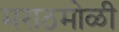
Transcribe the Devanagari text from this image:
मराठमोळी